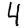
Digit: 4